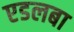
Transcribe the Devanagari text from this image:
एडलबा